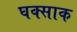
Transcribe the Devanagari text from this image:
घक्साक